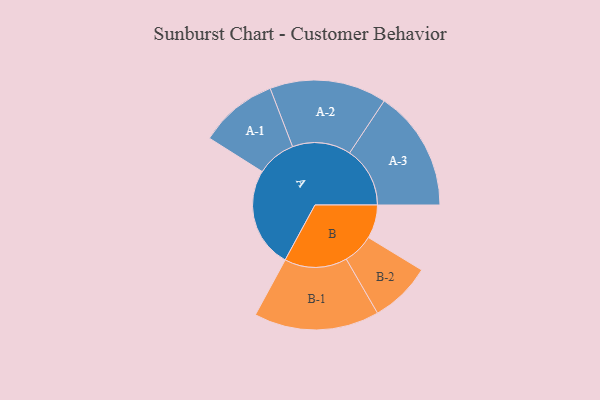
{"axis": {"x": "Segment", "y": "Value"}, "legend": ["", "A", "B"], "data": [{"x": "A", "y": 479, "type": ""}, {"x": "B", "y": 160, "type": ""}, {"x": "A-1", "y": 187, "type": "A"}, {"x": "A-2", "y": 279, "type": "A"}, {"x": "A-3", "y": 288, "type": "A"}, {"x": "B-1", "y": 299, "type": "B"}, {"x": "B-2", "y": 146, "type": "B"}]}